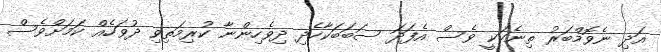
އަދި ނެވޮމްބަރު ތިނެކަކީ ވެސް އެފަދަ ސަބަބަކާހެދި ދިވެހިންނާ ކުރިމަތިވި ދުވަހެއް ކަމަށްވެސް